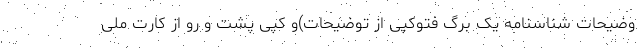
وضیحات شناسنامه یک برگ فتوکپی از توضیحات)و کپی پشت و رو از کارت ملی